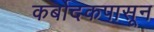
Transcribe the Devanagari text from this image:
कर्बोदकपासून